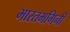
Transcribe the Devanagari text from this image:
भारतभगिनी